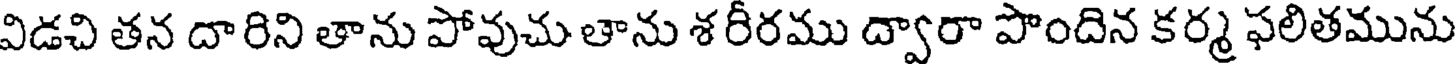
విడచి తన దారిని తాను పోవుచు తాను శ రీరము ద్వారా పొందిన కర్మ ఫలితమును